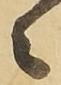
々